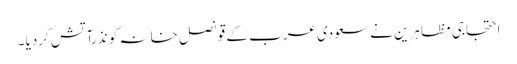
احتجاجی مظاہرین نے سعودی عرب کے قونصل خانہ کو نذرآتش کردیا ۔